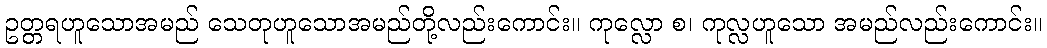
ဥတ္တရဟူသောအမည် သေတုဟူသောအမည်တို့လည်းကောင်း။ ကုလ္လော စ၊ ကုလ္လဟူသော အမည်လည်းကောင်း။